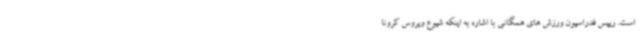
است. رییس فدراسیون ورزش های همگانی با اشاره به اینکه شیوع ویروس کرونا